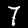
Digit: 7